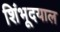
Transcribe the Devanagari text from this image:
शिंभूदयाल